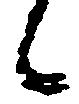
候